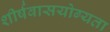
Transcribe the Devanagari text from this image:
शीर्षवासयोग्यता